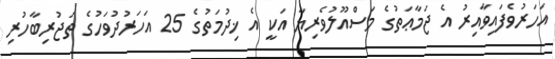
އަހަރުވެފައިވާއިރު އެ ޖަމާޢަތުގެ މަސްއޫލުވެރިޔާ އަކީ އެ ޚިދުމަތުގެ 25 އަހަރުދުވަހުގެ ތަޖުރިބާހުރި